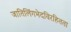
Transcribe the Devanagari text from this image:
जातिलिंगभेदविरहितता